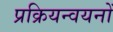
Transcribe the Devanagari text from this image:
प्रक्रियन्वयनों